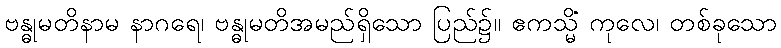
ဗန္ဓုမတိနာမ နာဂရေ၊ ဗန္ဓုမတိအမည်ရှိသော ပြည်၌။ ဧကသ္မိံ ကုလေ၊ တစ်ခုသော